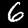
Label: 6